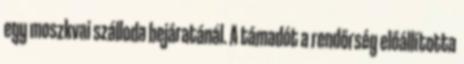
egy moszkvai szálloda bejáratánál. A támadót a rendőrség előállította